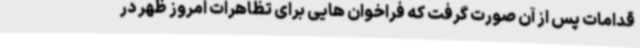
قدامات پس از آن صورت گرفت که فراخوان هایی برای تظاهرات امروز ظهر در